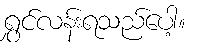
ရွှင်လန်းရသည်ပေါ့။